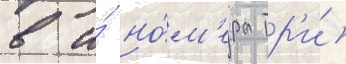
в и́ но́м'ера тр'и́